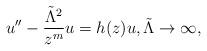
LaTeX: \begin{align*}u''-{\tilde\Lambda^2\over z^m}u=h(z)u,\tilde\Lambda\to\infty,\end{align*}